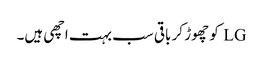
LG کو چھوڑ کر باقی سب بہت اچھی ہیں۔